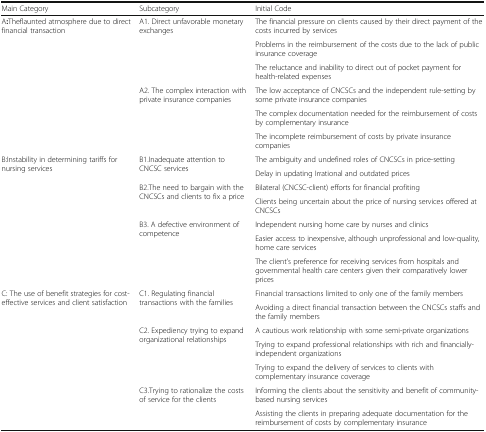
<table><thead><tr><td><b>Main Category</b></td><td><b>Subcategory</b></td><td><b>Initial Code</b></td></tr></thead><tbody><tr><td rowspan="6">A<b>:</b>Theflaunted atmosphere due to direct financial transaction</td><td rowspan="3">A1. Direct unfavorable monetary exchanges</td><td>The financial pressure on clients caused by their direct payment of the costs incurred by services</td></tr><tr><td>Problems in the reimbursement of the costs due to the lack of public insurance coverage</td></tr><tr><td>The reluctance and inability to direct out of pocket payment for health-related expenses</td></tr><tr><td rowspan="3">A2. The complex interaction with private insurance companies</td><td>The low acceptance of CNCSCs and the independent rule-setting by some private insurance companies</td></tr><tr><td>The complex documentation needed for the reimbursement of costs by complementary insurance</td></tr><tr><td>The incomplete reimbursement of costs by private insurance companies</td></tr><tr><td rowspan="7">B:Instability in determining tariffs for nursing services</td><td rowspan="2">B1.Inadequate attention to CNCSC services</td><td>The ambiguity and undefined roles of CNCSCs in price-setting</td></tr><tr><td>Delay in updating Irrational and outdated prices</td></tr><tr><td rowspan="2">B2.The need to bargain with the CNCSCs and clients to fix a price</td><td>Bilateral (CNCSC-client) efforts for financial profiting</td></tr><tr><td>Clients being uncertain about the price of nursing services offered at CNCSCs</td></tr><tr><td rowspan="3">B3. A defective environment of competence</td><td>Independent nursing home care by nurses and clinics</td></tr><tr><td>Easier access to inexpensive, although unprofessional and low-quality, home care services</td></tr><tr><td>The client’s preference for receiving services from hospitals and governmental health care centers given their comparatively lower prices</td></tr><tr><td rowspan="7">C: The use of benefit strategies for cost-effective services and client satisfaction</td><td rowspan="2">C1. Regulating financial transactions with the families</td><td>Financial transactions limited to only one of the family members</td></tr><tr><td>Avoiding a direct financial transaction between the CNCSCs staffs and the family members</td></tr><tr><td rowspan="3">C2. Expediency trying to expand organizational relationships</td><td>A cautious work relationship with some semi-private organizations</td></tr><tr><td>Trying to expand professional relationships with rich and financially-independent organizations</td></tr><tr><td>Trying to expand the delivery of services to clients with complementary insurance coverage</td></tr><tr><td rowspan="2">C3.Trying to rationalize the costs of service for the clients</td><td>Informing the clients about the sensitivity and benefit of community-based nursing services</td></tr><tr><td>Assisting the clients in preparing adequate documentation for the reimbursement of costs by complementary insurance</td></tr></tbody></table>